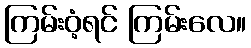
ကြမ်းဝံ့ရင် ကြမ်းလေ။